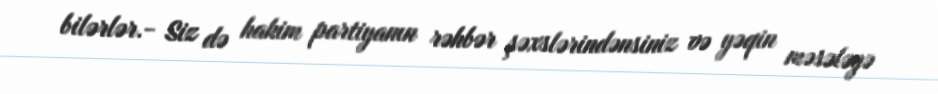
bilərlər.- Siz də hakim partiyanın rəhbər şəxslərindənsiniz və yəqin məsələyə